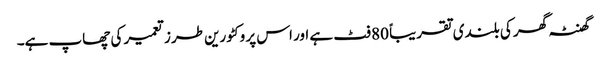
گھنٹہ گھر کی بلندی تقریباً 80 فٹ ہے اور اس پر وکٹورین طرز تعمیر کی چھاپ ہے۔